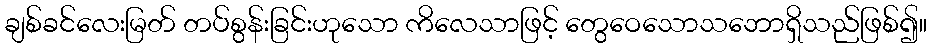
ချစ်ခင်လေးမြတ် တပ်စွန်းခြင်းဟုသော ကိလေသာဖြင့် တွေဝေသောသဘောရှိသည်ဖြစ်၍။